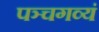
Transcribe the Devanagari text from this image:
पञ्चगव्यं